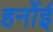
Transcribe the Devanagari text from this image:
हर्नोई